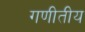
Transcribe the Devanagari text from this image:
गणीतीय